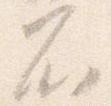
不